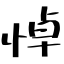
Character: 悼